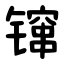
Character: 镩